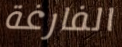
الفارغة